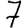
Digit: 7